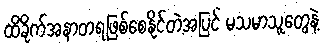
ထိခိုက်အနာတရဖြစ်စေနိုင်တဲ့အပြင် မသမာသူတွေနဲ့